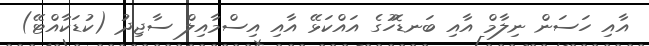
އާއި ހަސަން ނިލާމް އާއި ބަނޑޮހުގެ އައްކަޅޭ އާއި އިސްމާއިލް ސާޖިދު (ކުޑަކާއްޓޭ)